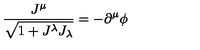
\frac { J ^ { \mu } } { \sqrt { 1 + J ^ { \lambda } J _ { \lambda } } } = - \partial ^ { \mu } \phi